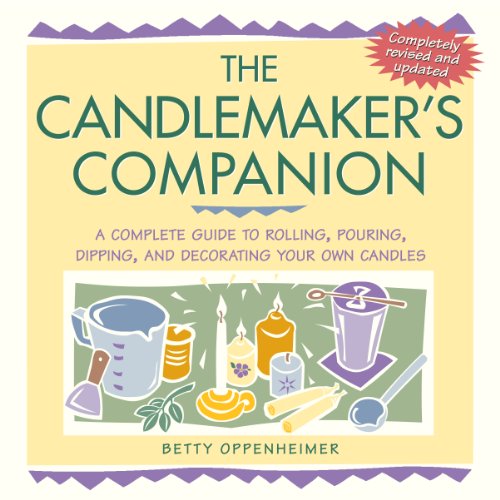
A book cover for The Candlemaker's Companion: A Complete Guide to Rolling, Pouring, Dipping, and Decorating Your Own Candles; Betty Oppenheimer; Crafts, Hobbies & Home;